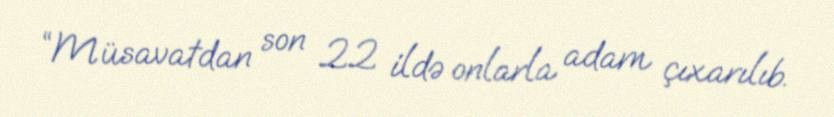
“Müsavatdan son 22 ildə onlarla adam çıxarılıb.